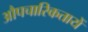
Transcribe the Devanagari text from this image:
औपचारिकतायें